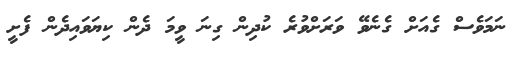
ނަމަވެސް ގެއަށް ގެނެވޭ ވަރަށްވުރެ ކުދިން ގިނަ ވީމަ ދެން ކިޔަވައިދެން ފެށީ